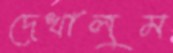
দেখালুম